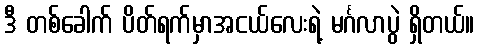
ဒီ တစ်ခေါက် ပိတ်ရက်မှာအငယ်လေးရဲ့ မင်္ဂလာပွဲ ရှိတယ်။